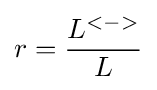
r={\frac {L^{<->}}{L}}